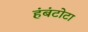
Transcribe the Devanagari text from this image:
हंबंटोटा